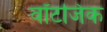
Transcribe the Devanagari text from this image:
वॉटजिक